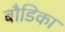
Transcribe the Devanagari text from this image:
बौडिका